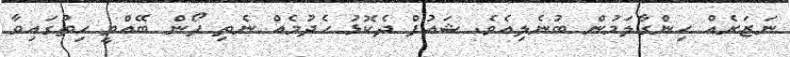
ނަޒަރެއް ހިންގާލަމުން ބުނެލިއެވެ. ޝައުފް ދެކޮޅު ހެދުމެއް ނެތި ފޯން ބޭއްވީ ހިތުގައިވާ